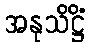
အနုသိဋ္ဌိံ